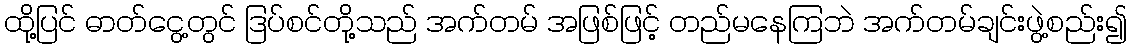
ထို့ပြင် ဓာတ်ငွေ့တွင် ဒြပ်စင်တို့သည် အက်တမ် အဖြစ်ဖြင့် တည်မနေကြဘဲ အက်တမ်ချင်းဖွဲ့စည်း၍